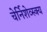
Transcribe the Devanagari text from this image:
चेर्निशेव्स्क्य